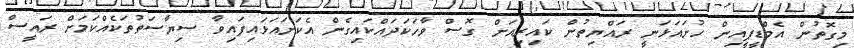
މިގޮތުން އެމްޑީޕީއިން ހުށައަޅަނީ ރައްޔިތުން ކައިރިއަށް ގޮސް ވާހަކަދައްކައިގެން އެކަށައަޅައިފައިވާ ސިޔާސަތުތަކެއްކަމަށް ރައީސް